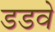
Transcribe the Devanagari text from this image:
डडवे